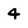
Character: 4